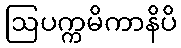
ဩပက္ကမိကာနိပိ